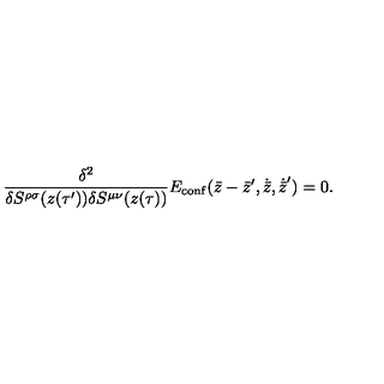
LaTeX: { \frac { \delta ^ { 2 } } { \delta S ^ { \rho \sigma } ( z ( \tau ^ { \prime } ) ) \delta S ^ { \mu \nu } ( z ( \tau ) ) } } E _ { \mathrm { c o n f } } ( \bar { z } - \bar { z } ^ { \prime } , \dot { \bar { z } } , \dot { \bar { z } } ^ { \prime } ) = 0 .